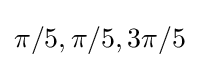
\pi /5,\pi /5,3\pi /5